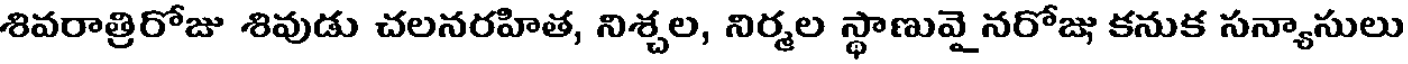
శివరాత్రిరోజు శివుడు చలనరహిత, నిశ్చల, నిర్మల స్థాణువై నరోజు కనుక సన్యాసులు